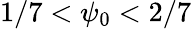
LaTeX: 1/7<\psi_{0}<2/7